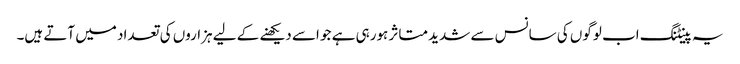
یہ پینٹنگ اب لوگوں کی سانس سے شدید متاثر ہورہی ہے جو اسے دیکھنے کے لیے ہزاروں کی تعداد میں آتے ہیں۔